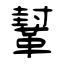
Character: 鞤